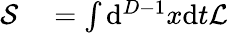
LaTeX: \begin{array}{rl}{{\mathcal{S}}}&{{}=\int\mathrm{d}^{D-1}x\mathrm{d}t{\mathcal{L}}}\end{array}